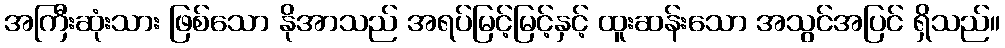
အကြီးဆုံးသား ဖြစ်သော နိုအာသည် အရပ်မြင့်မြင့်နှင့် ထူးဆန်းသော အသွင်အပြင် ရှိသည်။